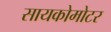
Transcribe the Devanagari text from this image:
सायकोमोटर